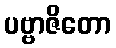
ပဗ္ဗာဇိတော